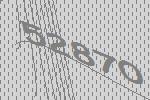
52870